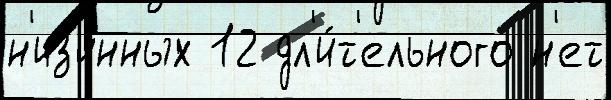
н'из'инных 12 дл'и́т'ельного н'ет